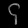
Digit: ၄